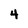
Character: 4